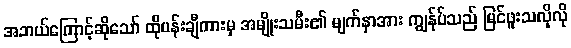
အဘယ်ကြောင့်ဆိုသော် ထိုပန်းချီကားမှ အမျိုးသမီး၏ မျက်နှာအား ကျွန်ုပ်သည် မြင်ဖူးသလိုလို